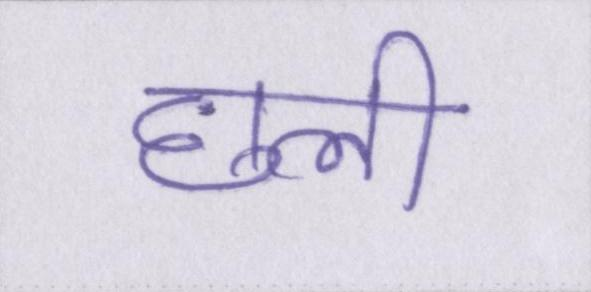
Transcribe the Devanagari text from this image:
छली